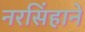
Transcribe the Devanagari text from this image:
नरसिंहाने